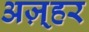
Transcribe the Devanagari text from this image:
अज़्हर